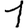
Digit: 1